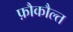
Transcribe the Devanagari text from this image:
फ़ौकौल्त